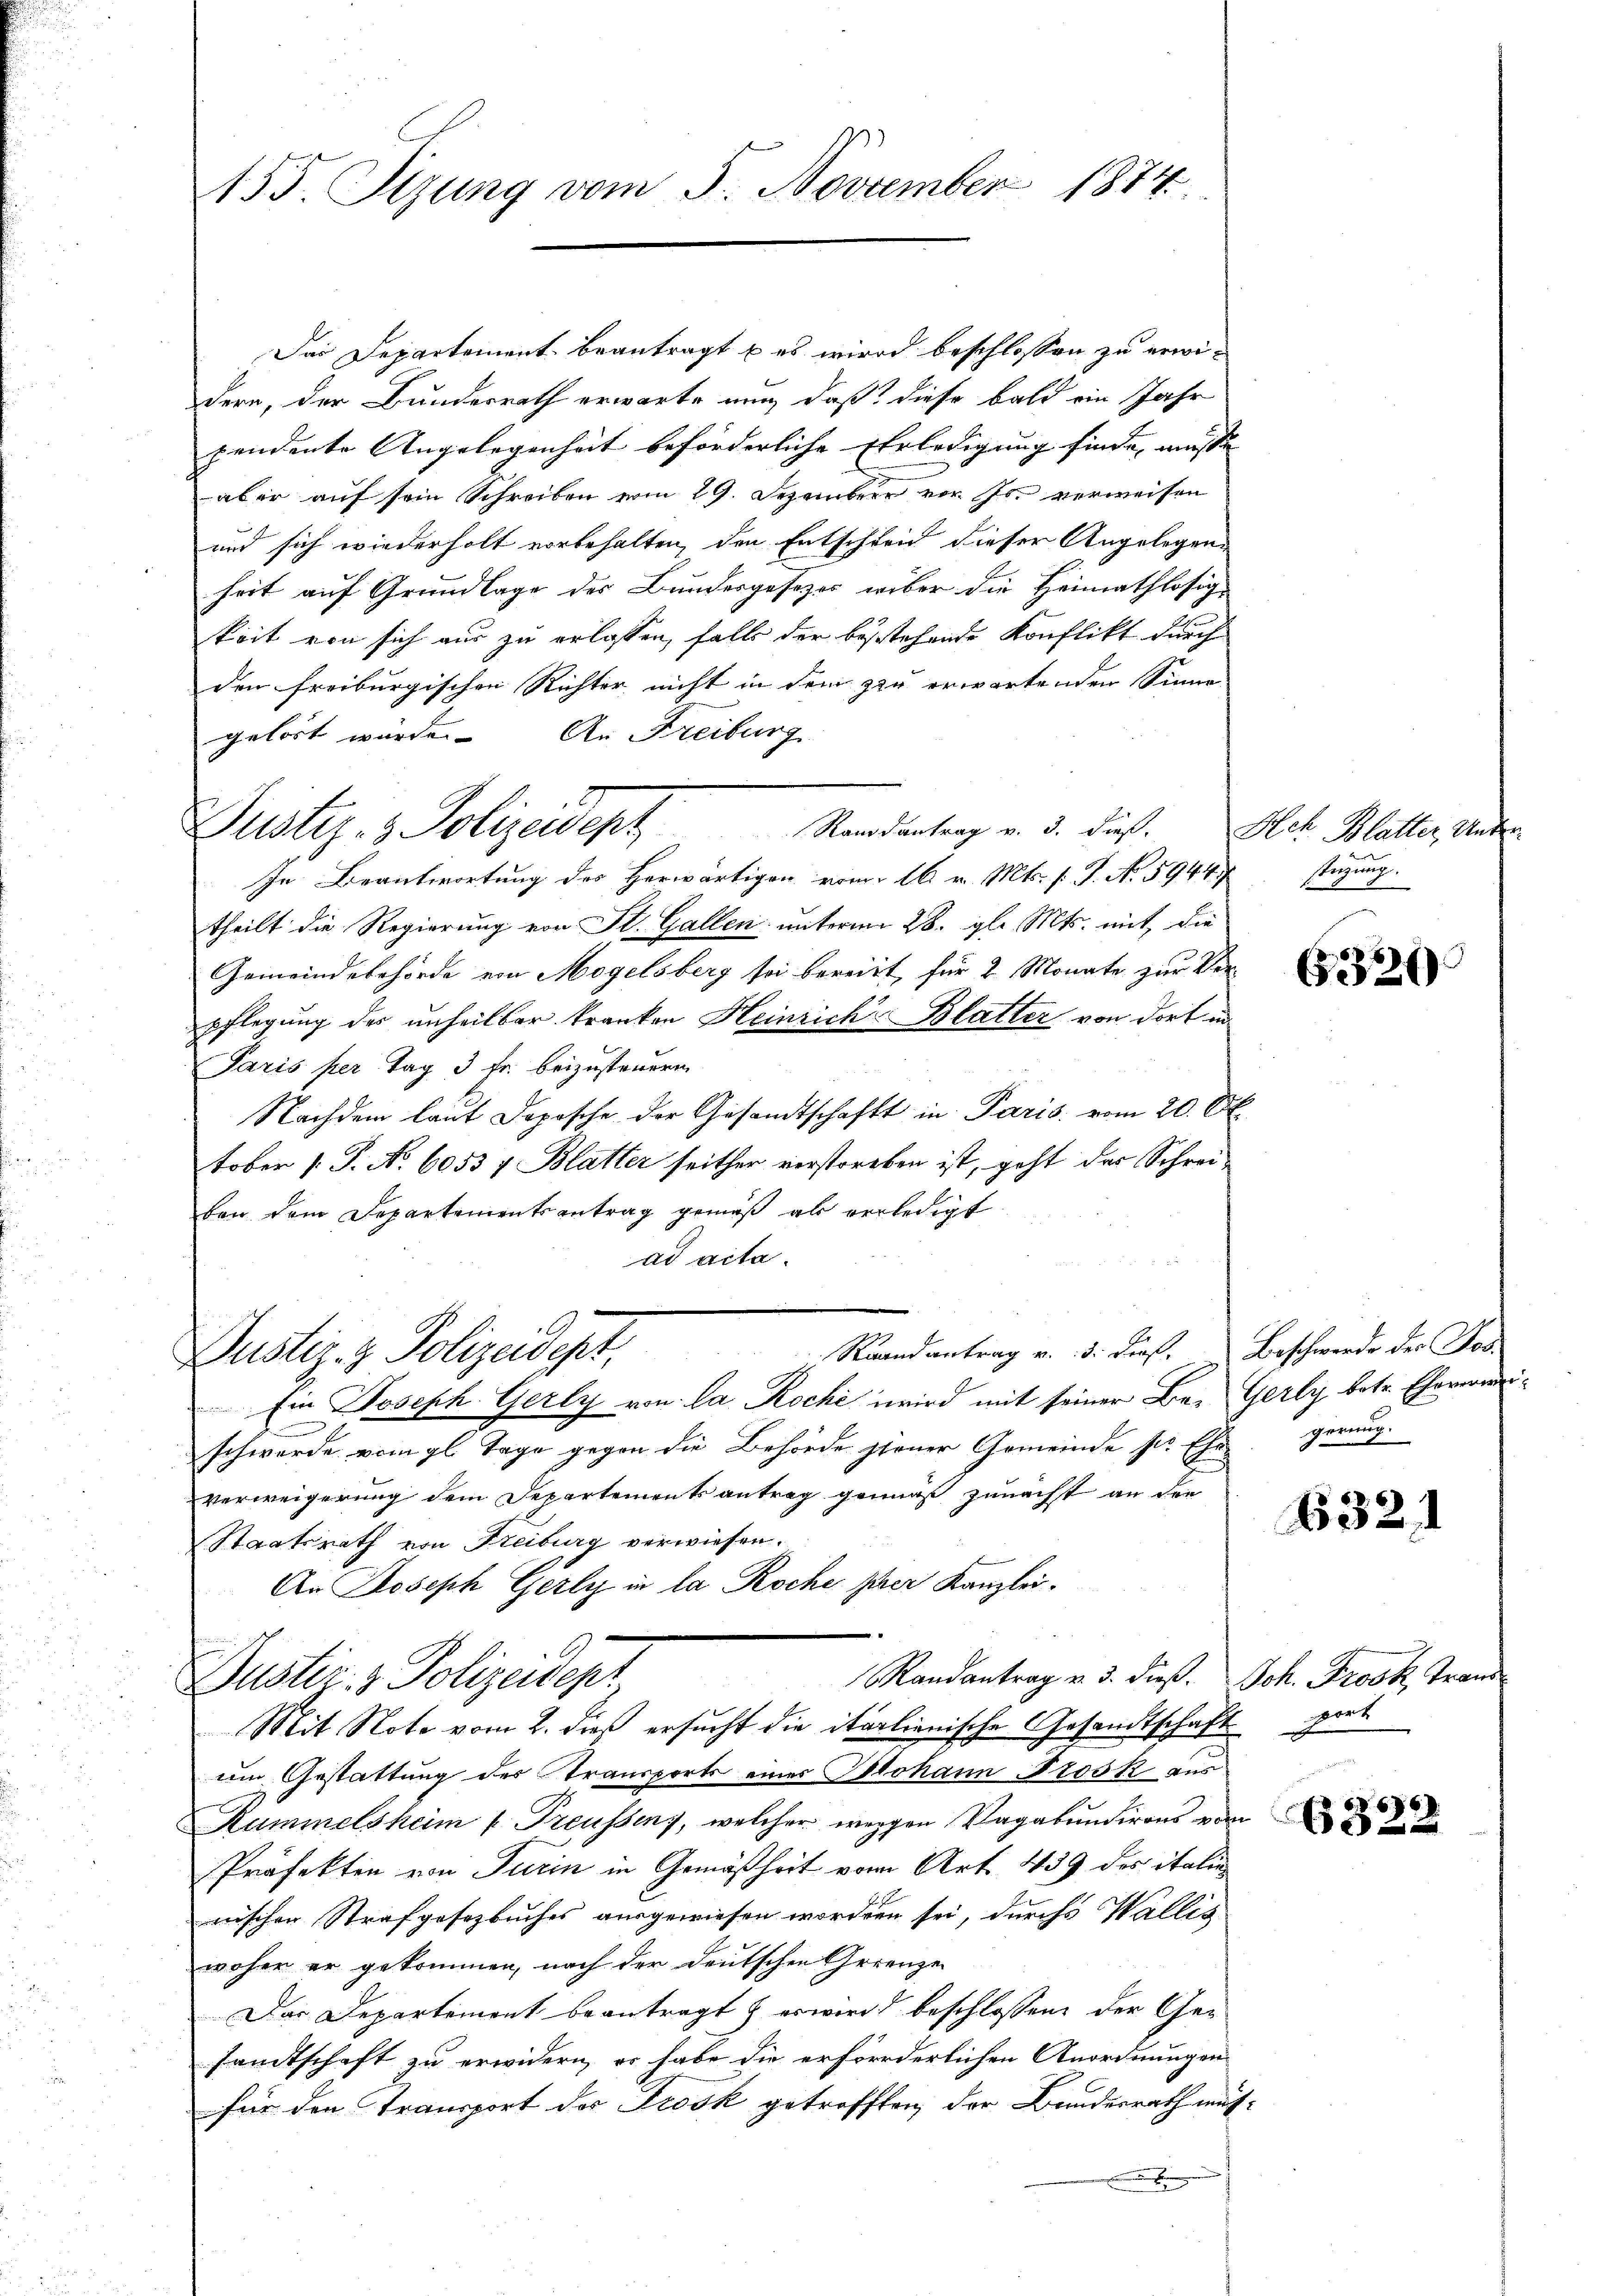
155. Sizung vom 5. November 1874.

Das Departement beantragt u es wird beschlossen zu erwidern, der Bundesrath erwarte nun, daß diese bald ein Jahr
pendente Angelegenheit beförderliche Erledigung finde, müsse |
aber auf sein Schreiben vom 29. Dezember vor. Js. verweisen
und sich wiederholt vorbehalten, den Entschleid dieser Angelegens
heit auf Grundlage der Bundesgesetzes wiber die Heimathlosig-
keit von sich aus zu erlassen, falls der bestehende Konflikt durch
den freiburgischen Richter nicht in dem zu erwartenden Sinne
gehört würde. An Freiburg
Randantrag v. 3. dieß. Hch. Blatter, Unter¬
In Beantwortung des Herwärtigen vom 16. v. Mts. f. P. No. 5944 f
theilt die Regierung von St. Gallen unterm 28. gl. Mts. mit, die
Gemeindebehörde von Mogelsberg sei bereitt, für 2 Monate zur Verpflegung des unheilbar kranken Heinrich Blatter von dort in
Paris per Tag 3 fr. beizusteuern
Nachdem laut Dopische der Gesandtschaft in Paris vom 20. Ok
tober 1. P. No 6053 7 Blatter seither verstorben ist, geht das Schreiben dem Departementsantrag gemäß als verledigt.
ad acta.
Er
Raandantrag v. 5. dieß. Beschwerde des Jos.
Justiz- & Polizeidigt,
Ein Joseph Gerly von la Roche wird mit seiner Be- Gerly betr. Eherweischwerde vom gl. Tage gegen die Behörde steuer Gemeinde sr. Ehe gerung.
verweigerung dem Departement antrag gewiß zunacht an die
Staatsrath von Freiburg verwiesen.
An Joseph Gerly in la Roche per Kanzlei.
Randantrag v. 3. dieß. Joh. Prook Trans
Justiz- & Polizeidept
Mit Note vom 2. dieß ersucht die italienische Gesandtschaft grat
um Gestattung des Transports einer Plohann Trosk aus
Kummelsheim Treussen), welcher weggen Vagabundirens von
Präfekten von Turin in Gemäßheit vom Art. 439 des italie
nischen Strafgesetzbuches ausgewiesen worden sei, durch Wallis
woher er gekommen, nach der deutschen Gerenze
Das Departement beantragt, er wird beschlossene der Gesandtschaft zu erwidern, er habe die erforderlichen Anordnungen
für den Transport der Trosk getrofften, der Bundesrath mit¬

Justiz- & Polizeidept

stüzung.

326)

6321

322